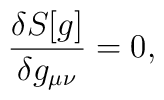
\frac{\delta S[g]}{\delta g_{\mu\nu}}=0,